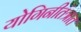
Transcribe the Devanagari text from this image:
योगिनीतंत्रात